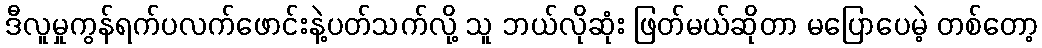
ဒီလူမှုကွန်ရက်ပလက်ဖောင်းနဲ့ပတ်သက်လို့ သူ ဘယ်လိုဆုံး ဖြတ်မယ်ဆိုတာ မပြောပေမဲ့ တစ်တော့